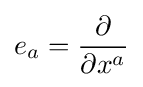
e_{a}={\frac {\partial }{\partial x^{a}}}